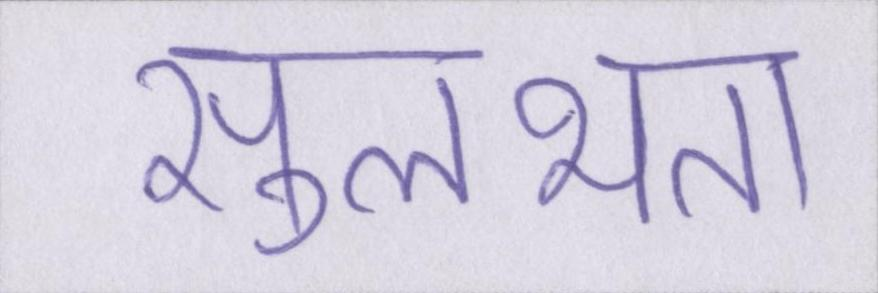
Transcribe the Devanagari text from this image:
सुलभता